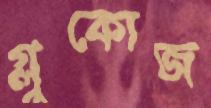
গ্লুকোজ